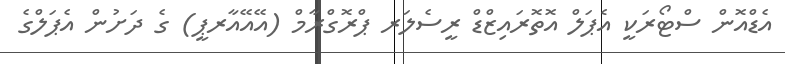
އެޑްއޮން ސްޓޯރަކީ އެޕަލް އޮތޮރައިޒްޑް ރީސެލަރ ޕްރޮގްރާމް (އޭއޭއާރޕީ) ގެ ދަށުން އެޕަލްގެ